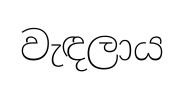
වැඳලාය